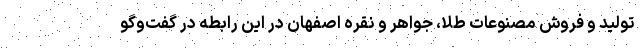
تولید و فروش مصنوعات طلا، جواهر و نقره اصفهان در این رابطه در گفت‌وگو